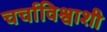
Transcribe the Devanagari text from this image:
चर्चाविश्वाशी